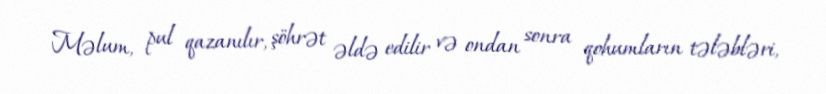
Məlum, pul qazanılır, şöhrət əldə edilir və ondan sonra qohumların tələbləri,